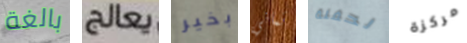
بالغة يعالج بخير ثماني لحفلة مركزة